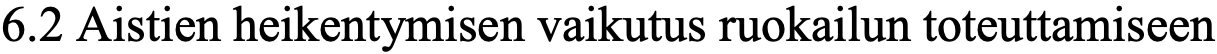
6.2 Aistien heikentymisen vaikutus ruokailun toteuttamiseen